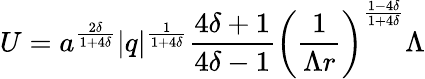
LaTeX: U=a^{\frac{2\delta}{1+4\delta}}|q|^{\frac{1}{1+4\delta}}\frac{4\delta+1}{4\delta-1}\left(\frac{1}{\Lambda r}\right)^{\frac{1-4\delta}{1+4\delta}}\Lambda